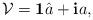
LaTeX: \begin{align*}\mathcal{V} = {\mbox{\bf 1}} \hat{a} + {\mbox{\bf i}}a, \end{align*}